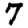
Digit: 7